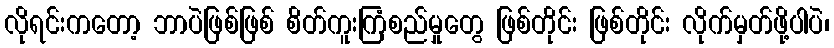
လိုရင်းကတော့ ဘာပဲဖြစ်ဖြစ် စိတ်ကူးကြံစည်မှုတွေ ဖြစ်တိုင်း ဖြစ်တိုင်း လိုက်မှတ်ဖို့ပါပဲ၊